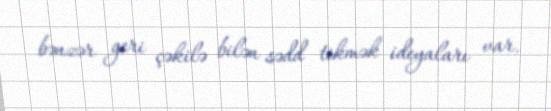
bənzər geri çəkilə bilən sədd tikmək ideyaları var.